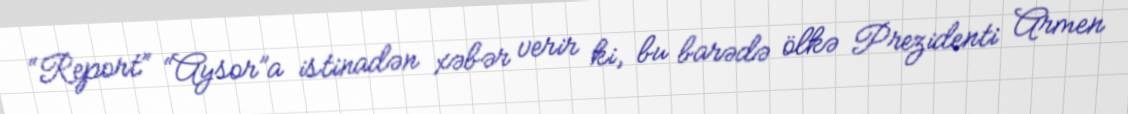
“Report” “Aysor”a istinadən xəbər verir ki, bu barədə ölkə Prezidenti Armen